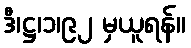
ဒီ၊ဋ္ဌ၊၁၊၉၂ မှယူရန်။